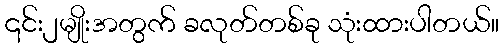
၎င်း၂မျိုးအတွက် ခလုတ်တစ်ခု သုံးထားပါတယ်။